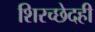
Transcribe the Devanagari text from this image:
शिरच्छेदही